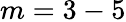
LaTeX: m=3-5